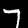
Digit: 7